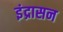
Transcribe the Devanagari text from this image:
इंद्रासन